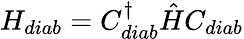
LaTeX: H_{diab}=C_{diab}^{\dagger}\hat{H}C_{diab}